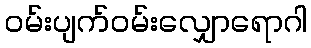
ဝမ်းပျက်ဝမ်းလျှောရောဂါ